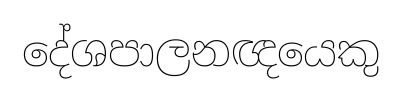
දේශපාලනඥයෙකු